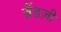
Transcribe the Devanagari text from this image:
ब्रैंडज़ी